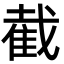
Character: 截